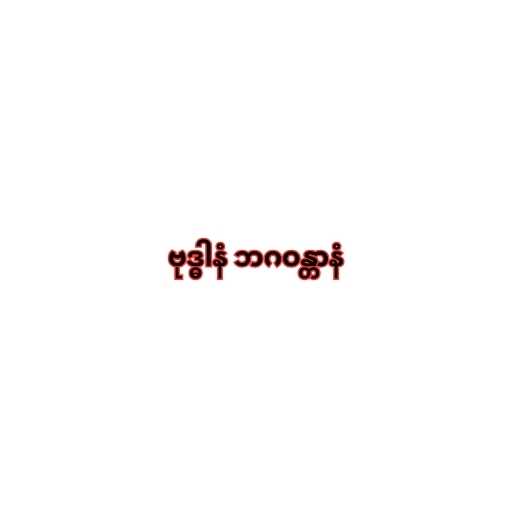
ဗုဒ္ဓါနံ ဘဂဝန္တာနံ